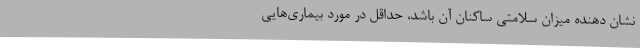
نشان دهنده میزان سلامتی ساکنان آن باشد، حداقل در مورد بیماری‌هایی